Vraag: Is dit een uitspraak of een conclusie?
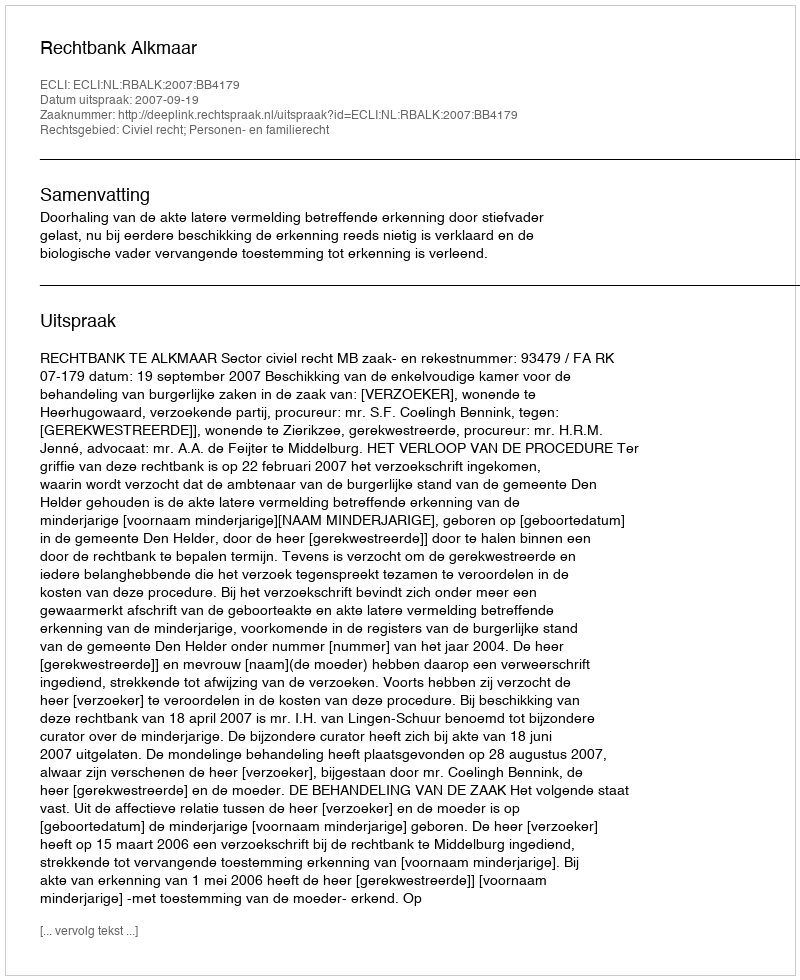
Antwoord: Uitspraak